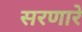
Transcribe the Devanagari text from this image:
सरणारे